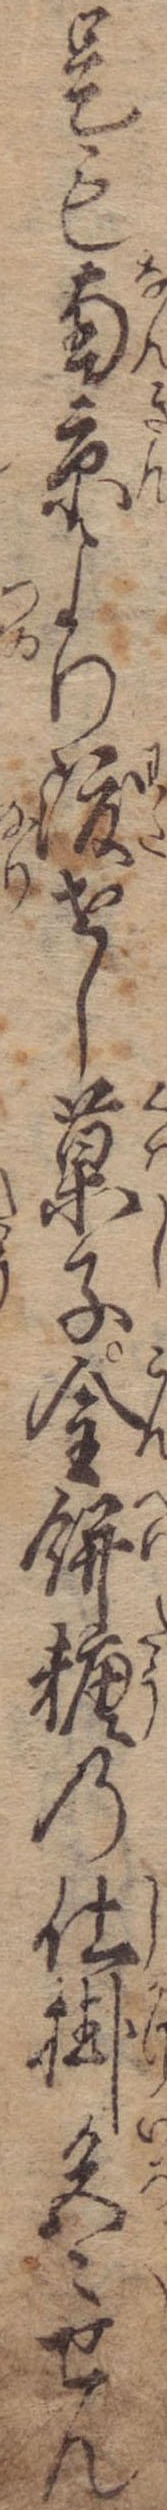
是も南京より渡せし菓子金餅糖の仕掛色々せん